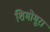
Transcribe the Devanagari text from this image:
शिमोमूरा